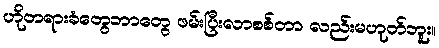
ဟိုတရားခံတွေဘာတွေ ဖမ်းပြီးလာစစ်တာ လည်းမဟုတ်ဘူး။